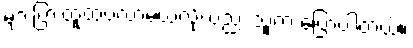
များပြားထူထပ်လာမယ်လို့လည်း သူက ပြောပါတယ်။